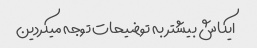
ایکاش بیشتر به توضیحات توجه میکردین